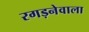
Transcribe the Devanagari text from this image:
रगड़नेवाला